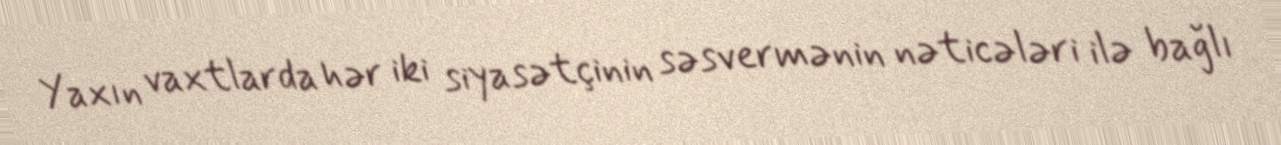
Yaxın vaxtlarda hər iki siyasətçinin səsvermənin nəticələri ilə bağlı